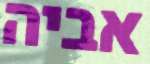
אביה